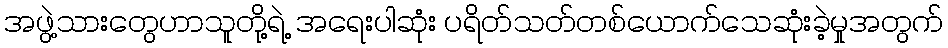
အဖွဲ့သားတွေဟာသူတို့ရဲ့ အရေးပါဆုံး ပရိတ်သတ်တစ်ယောက်သေဆုံးခဲ့မှုအတွက်